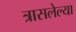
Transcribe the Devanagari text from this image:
त्रासलेल्या